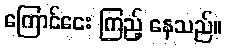
ကြောင်ငေး ကြည့် နေသည်။